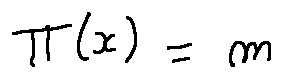
\pi ( x ) = m